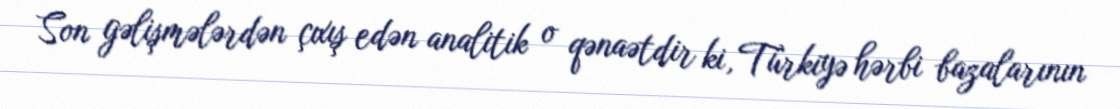
Son gəlişmələrdən çıxış edən analitik o qənaətdir ki, Türkiyə hərbi bazalarının